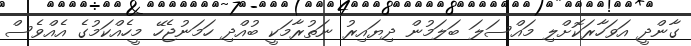
ގާންދީ އަވަހާރަކޮށްލި މައްސަލަ ބަލަމުން ދިޔައިރު ނަތުރާމަކީ ބުއްދި ހަމަނުޖެހޭ މީހެއްކަމުގެ އެއްވެސް